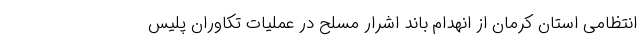
انتظامی استان کرمان از انهدام باند اشرار مسلح در عملیات تکاوران پلیس